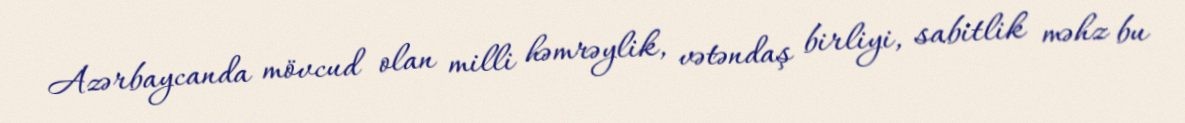
Azərbaycanda mövcud olan milli həmrəylik, vətəndaş birliyi, sabitlik məhz bu